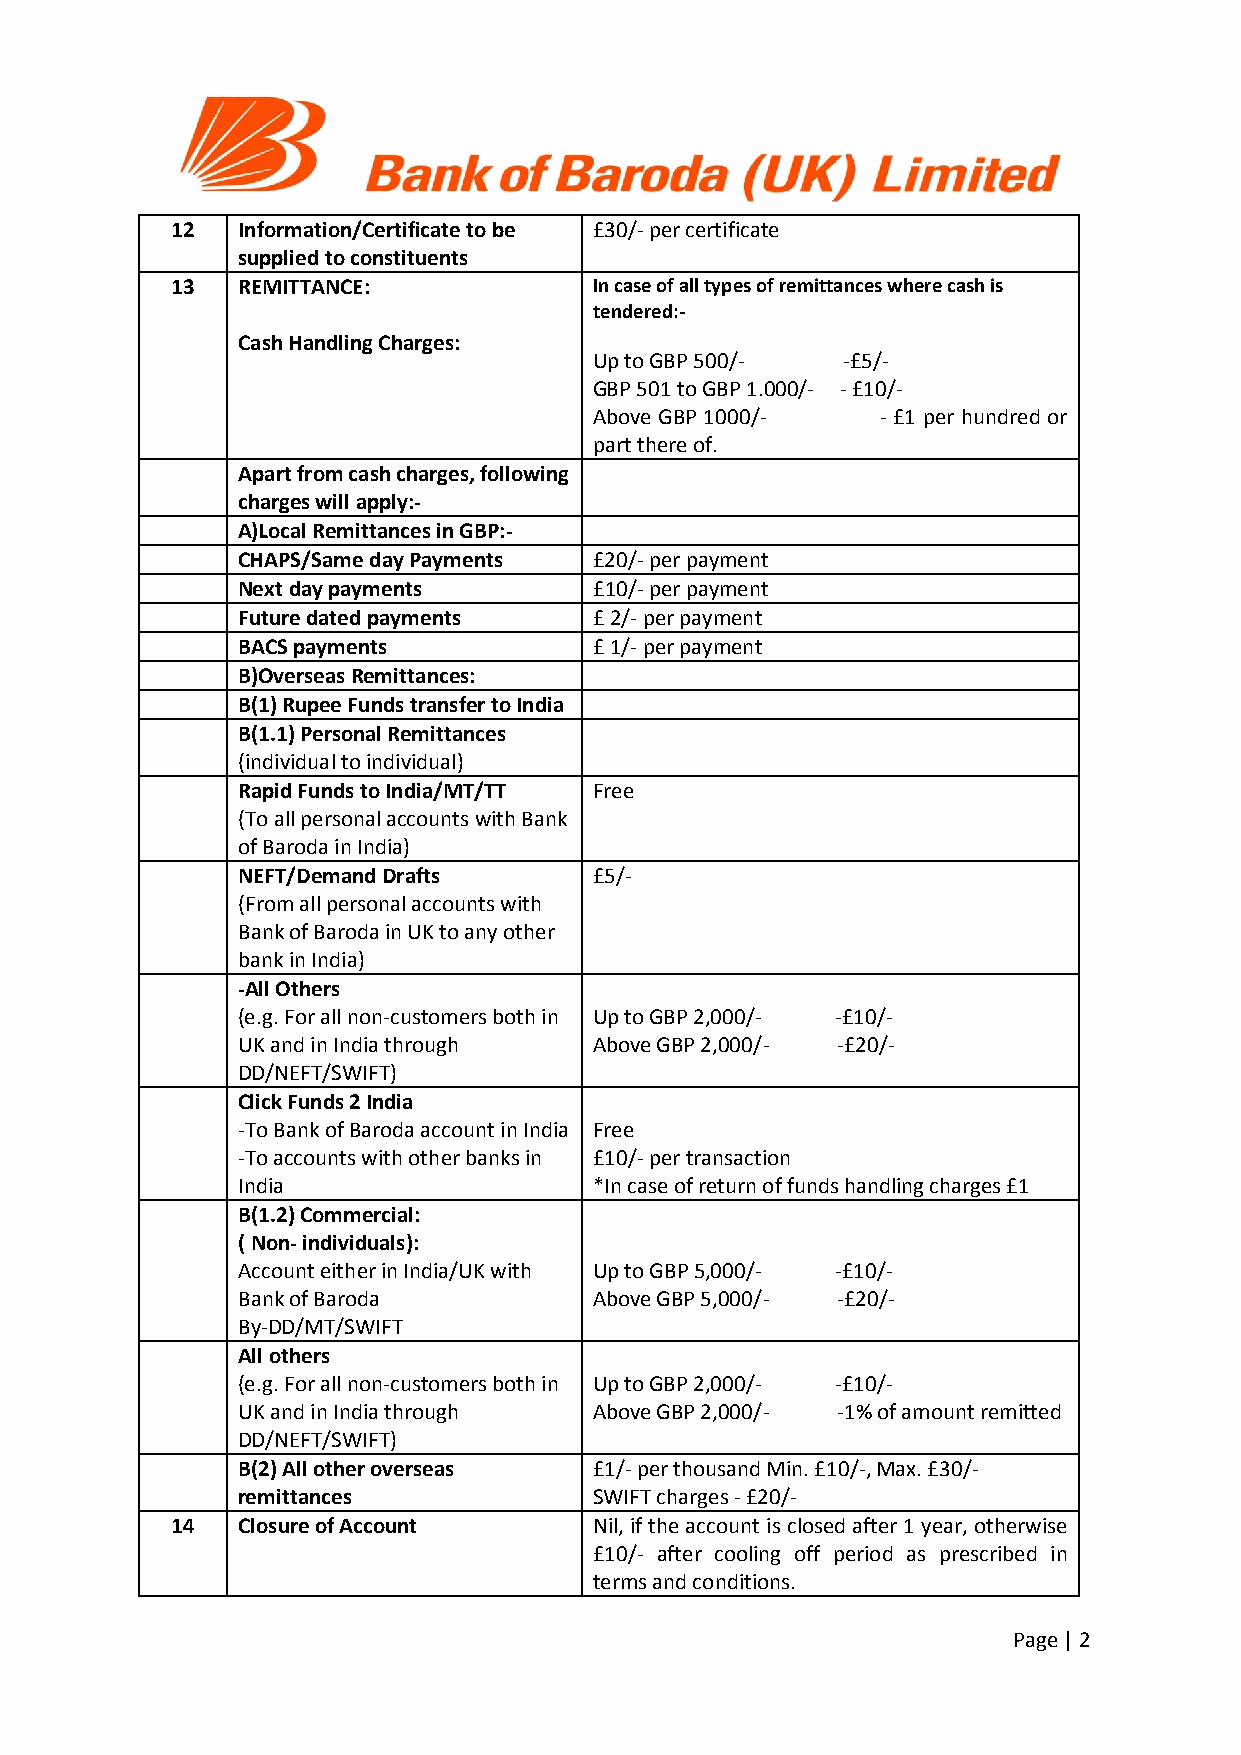
12   Information/Certificate to be £30/- per certificate
 supplied to constituents
 13   REMITTANCE:            In case of all types of remittances where cash is
 tendered:-
 Cash Handling Charges:
 Up to GBP 500/-  -£5/-
 GBP 501 to GBP 1.000/- - £10/-
 Above GBP 1000/-   - £1 per hundred or
 part there of.
 Apart from cash charges, following
 charges will apply:-
 A)Local Remittances in GBP:-
 CHAPS/Same day Payments £20/- per payment
 Next day payments      £10/- per payment
 Future dated payments  £ 2/- per payment
 BACS payments          £ 1/- per payment
 B)Overseas Remittances:
 B(1) Rupee Funds transfer to India
 B(1.1) Personal Remittances
 (individual to individual)
 Rapid Funds to India/MT/TT Free
 (To all personal accounts with Bank
 of Baroda in India)
 NEFT/Demand Drafts     £5/-
 (From all personal accounts with
 Bank of Baroda in UK to any other
 bank in India)
 -All Others
 (e.g. For all non-customers both in Up to GBP 2,000/- -£10/-
 UK and in India through Above GBP 2,000/- -£20/-
 DD/NEFT/SWIFT)
 Click Funds 2 India
 -To Bank of Baroda account in India Free
 -To accounts with other banks in £10/- per transaction
 India                  *In case of return of funds handling charges £1
 B(1.2) Commercial:
 ( Non- individuals):
 Account either in India/UK with Up to GBP 5,000/- -£10/-
 Bank of Baroda         Above GBP 5,000/- -£20/-
 By-DD/MT/SWIFT
 All others
 (e.g. For all non-customers both in Up to GBP 2,000/- -£10/-
 UK and in India through Above GBP 2,000/- -1% of amount remitted
 DD/NEFT/SWIFT)
 B(2) All other overseas £1/- per thousand Min. £10/-, Max. £30/-
 remittances            SWIFT charges - £20/-
 14   Closure of Account     Nil, if the account is closed after 1 year, otherwise
 £10/- after cooling off period as prescribed in
 terms and conditions.
 Page | 2